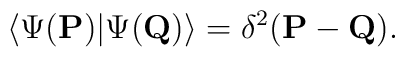
\langle \Psi({\bf P}) | \Psi({\bf Q}) \rangle  = \delta^2({\bf P} - {\bf Q}).